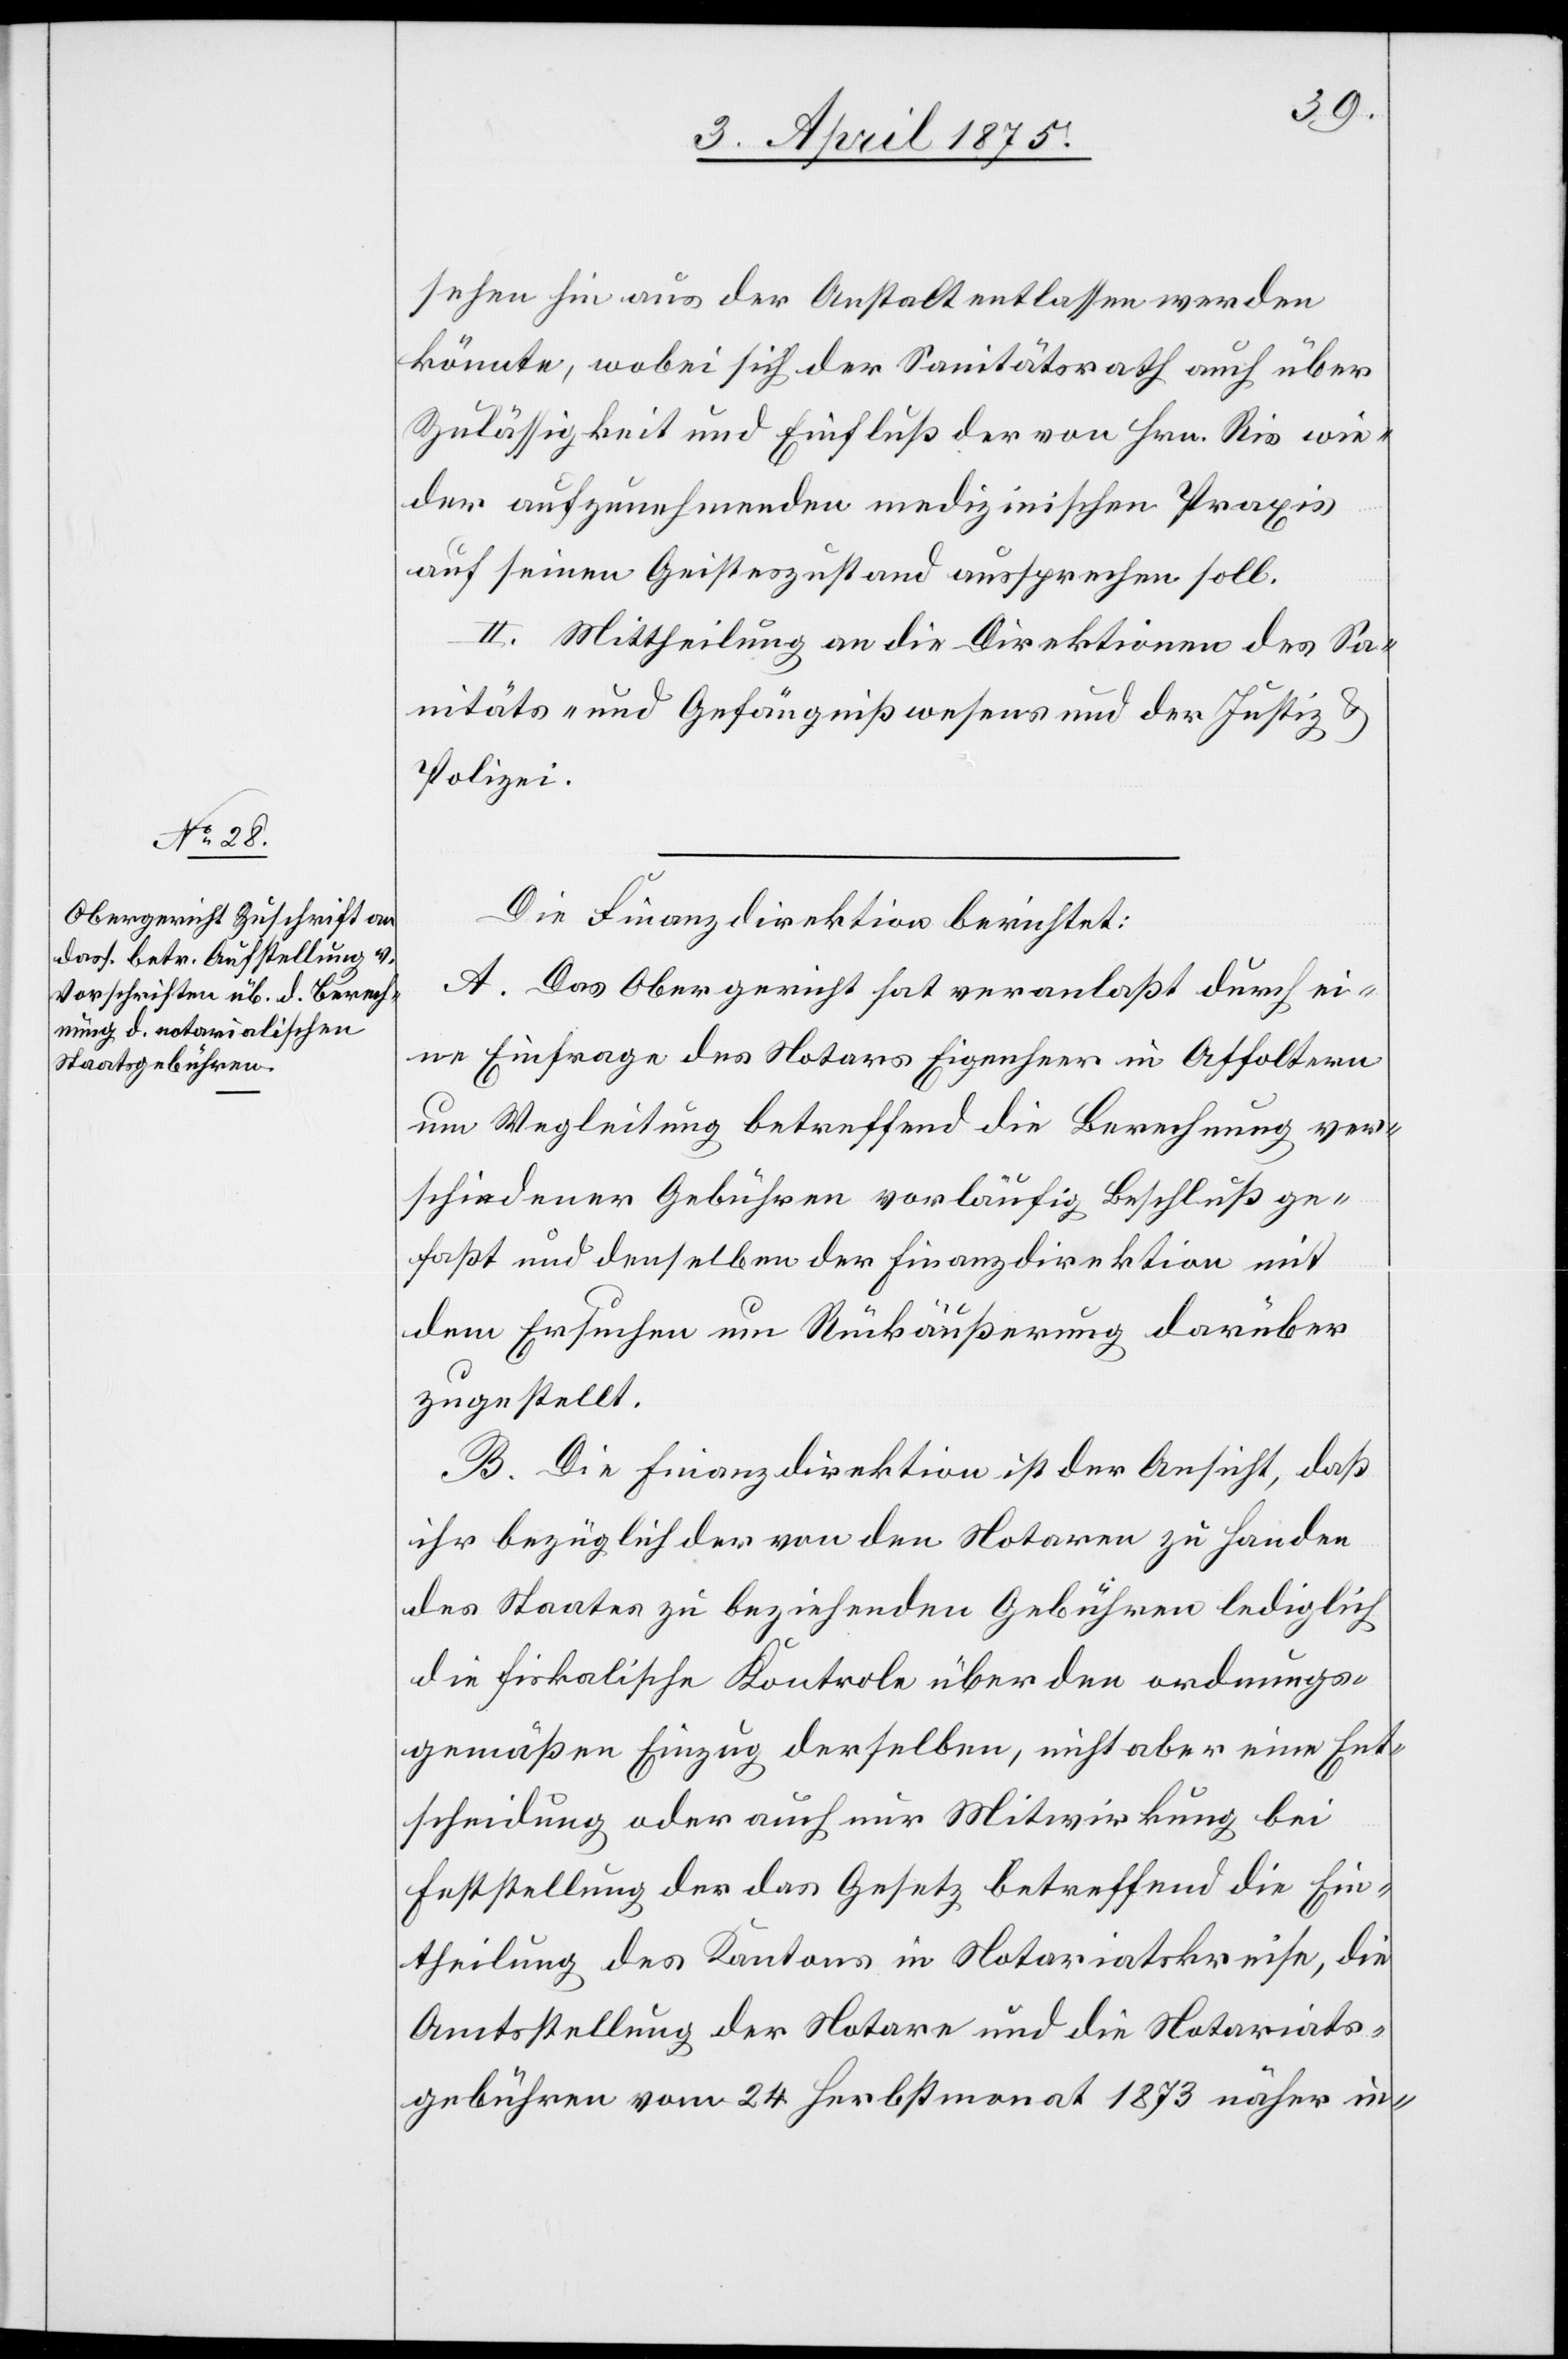
sehen hinaus der Anstalt entlassen werden
könnte, wobei sich der Sanitätsrath auch über
Zulässigkeit und Einfluß der von Hrn. Ris wie¬
der aufzunehmenden medizinischen Praxis
auf seinen Geisteszustand aussprechen soll.
II. Mittheilung an die Direktionen des Sa¬
nitäts- und Gefängnißwesens und der Justiz &
Polizei.
Die Finanzdirektion berichtet:
A. Das Obergericht hat veranlaßt durch ei¬
ne Einfrage des Notars Eigenheer in Affoltern
um Wegleitung betreffend die Berechnung ver¬
schiedener Gebühren vorläufig Beschluß ge¬
faßt und denselben der Finanzdirektion mit
dem Ersuchen um Rückäußerung darüber
zugestellt.
B. Die Finanzdirektion ist der Ansicht, daß
ihr bezüglich der von den Notaren zu Handen
des Staates zu beziehenden Gebühren lediglich
die fiskalische Kontrole über den ordnungs¬
gemäßen Einzug derselben, nicht aber eine Ent¬
scheidung oder auch nur Mitwirkung bei
Feststellung der das Gesetz betreffend die Ein¬
theilung des Kantons in Notariatskreise, die
Amtsstellung der Notare und die Notariats¬
gebühren vom 24. Herbstmonat 1873 näher in-